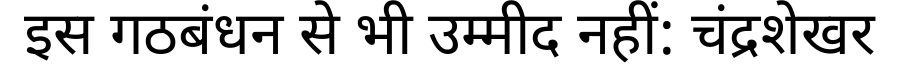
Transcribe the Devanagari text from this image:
इस गठबंधन से भी उम्मीद नहीं: चंद्रशेखर